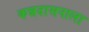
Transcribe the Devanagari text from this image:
कन्नदासनाला